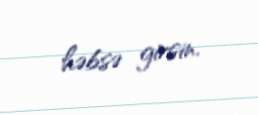
həbsə girsin.